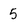
Character: 5